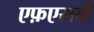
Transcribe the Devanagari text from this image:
एफ़एसबी